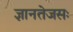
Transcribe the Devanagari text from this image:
ज्ञानतेजसः